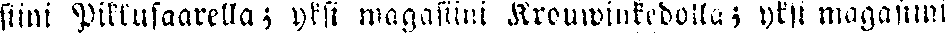
siini Pikkusaarella; yksi magasiini Krouwinkedolla; yksi magasiini